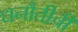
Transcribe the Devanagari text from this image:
धनौतीची